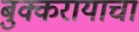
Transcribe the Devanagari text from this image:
बुक्करायाचा